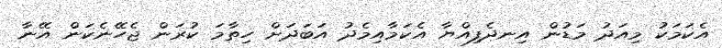
އެކަމަކު މިއަދު މަޑުން އިނދެފިއްޔާ އެކަމާއިމެދު އަބަދަށް ހިތާމަ ކުރަން ޖެހޭނެކަން އޭނާ